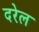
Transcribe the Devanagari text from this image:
दरेल